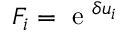
F _ { i } = \mathrm { ~ e ~ } ^ { \delta u _ { i } }